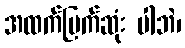
အထက်မြက်ဆုံး ပါဘဲ၊